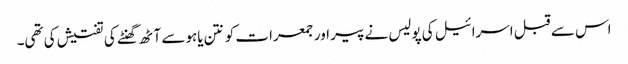
اس سے قبل اسرائیل کی پولیس نے پیر اور جمعرات کو نتن یاہو سے آٹھ گھنٹے کی تفتیش کی تھی۔